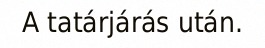
A tatárjárás után.